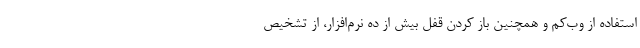
استفاده از وب‌کم و همچنین باز کردن قفل بیش از ده نرم‌افزار، از تشخیص